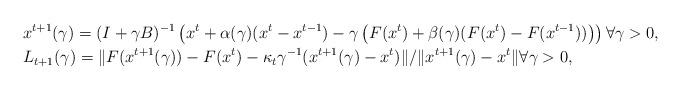
LaTeX: \begin{align*}&x^{t+1}(\gamma)=(I+\gamma B)^{-1}\left(x^t+\alpha(\gamma)(x^t-x^{t-1})-\gamma \left(F(x^t)+\beta(\gamma)(F(x^t)-F(x^{t-1}))\right)\right) \forall \gamma >0, \\&L_{t+1}(\gamma)= \|F(x^{t+1}(\gamma))-F(x^{t})- \kappa_t \gamma^{-1}(x^{t+1}(\gamma)-x^t)\|/\|x^{t+1}(\gamma)-x^t\| \forall \gamma >0, \end{align*}